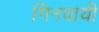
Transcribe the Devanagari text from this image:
गिनवायी